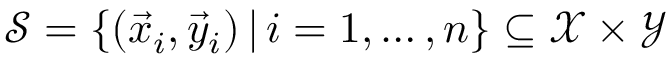
\mathcal S = \{ ( \vec { x } _ { i } , \vec { y } _ { i } ) \, | \, i = 1 , \dots , n \} \subseteq \mathcal { X } \times \mathcal { Y }